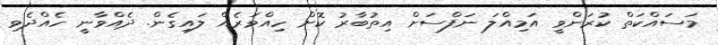
މަސައްކަތް ކުރަންވީ އަމިއްލަ ނަފްސަށް އިތުބާރު ކޮށް ހިއްވަރެއް ލައިގެން. ދެއްވާނީ ހެއްދެވި